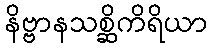
နိဗ္ဗာနသစ္ဆိကိရိယာ